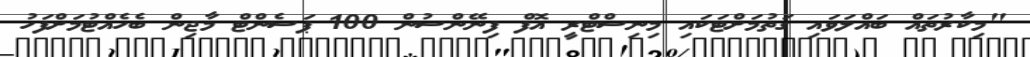
"މިކާރުތައް ބައްލަވައި ގަތުމަށްޓަކައި މިނިސްޓްރީ އޮފް ފިނޭންސުން 100 ޕަސެންޓް މާޖިން ބެހެއްޓުމަށްފަހު